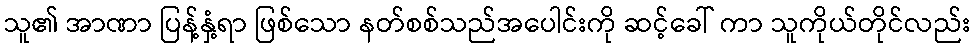
သူ၏ အာဏာ ပြန့်နှံ့ရာ ဖြစ်သော နတ်စစ်သည်အပေါင်းကို ဆင့်ခေါ် ကာ သူကိုယ်တိုင်လည်း